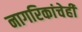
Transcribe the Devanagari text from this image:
नागरिकांचेही